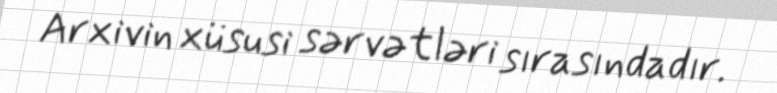
Arxivin xüsusi sərvətləri sırasındadır.